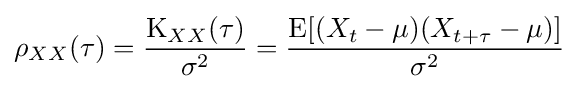
\rho _{XX}(\tau )={\frac {\operatorname {K} _{XX}(\tau )}{\sigma ^{2}}}={\frac {\operatorname {E} [(X_{t}-\mu )(X_{t+\tau }-\mu )]}{\sigma ^{2}}}